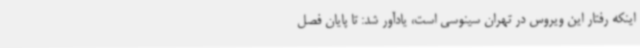
اینکه رفتار این ویروس در تهران سینوسی است، یادآور شد: تا پایان فصل